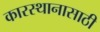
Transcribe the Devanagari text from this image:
कारस्थानासाठी